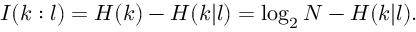
I ( k : l ) = H ( k ) - H ( k | l ) = \log _ { 2 } N - H ( k | l ) .